Report of the Hyderabad Chloroform Commission
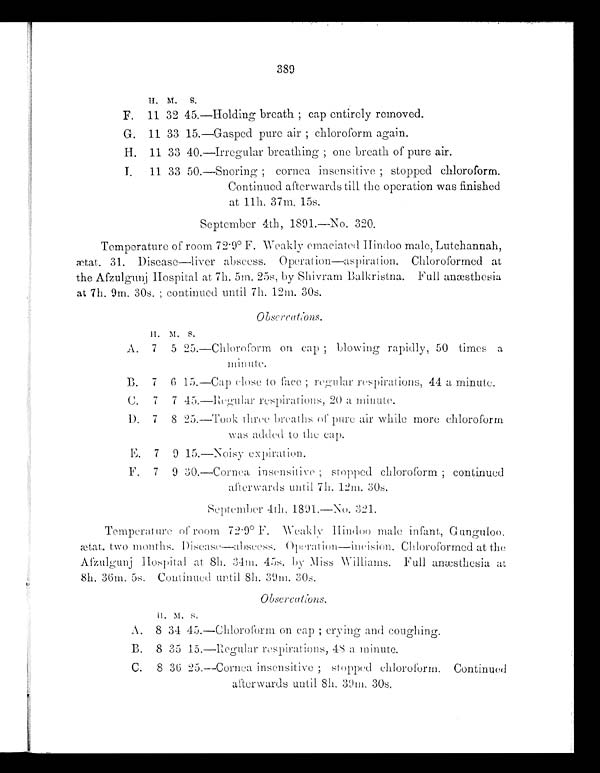
389
H. M. S.
F. 11 32 45.—Holding breath ; cap entirely removed.
G. 11 33 15.—Gasped pure air ; chloroform again.
H. 11 33 40.—Irregular breathing ; one breath of pure air.
I . 1 1 3 3 5 0 . — S n o r i n g ; c o r n e a i n s e n s i t i v e ; s t o p p e d c h l o r o f o r m .
Continued afterwards till the operation was finished
at 1111. 37m. 15s.
September 4th, 1891.—No. 320.
Temperature of room 72 .9° F. Weakly emaciated Hindoo male, Lutchannah,
ætat. 31. Disease—liver abscess. Operation—aspiration. Chloroformed at
the Afzulgunj Hospital at 7h. 5m. 25s, by Shivram Balkristna. Full anæsthesia
at 7h. 9m. 30s. ; continued until 7h. 12m. 30s.
Obserations.
H .
M . s .
A. 7 5 25.—Chloroform on cap ; blowing rapidly, 50 times a
B. 7 6 15.—Cap close to face ; regular respirations, 44 a minute.
C. 7 7 45,—Regular respirations, 20 a minute.
D. 7 8 25.—Took three breaths of pure air while more chloroform
was added to the cap.
E. 7 9 15.—Noisy expiration.
F. 7 9 30.—Cornea insensitive ; stopped chloroform ; continued
afterwards until 7h. 12m. 30s.
September 4th. 1891.—No. 321.
Temperature
of room 72.9° F. Weak 1y Hindoo male infant , Gunguloo,
ætat. two months. Disease—abscess. Operation—incision. Chloroformed at the
Afzulgunj Hospital at 8h. 34m. 45s. by Miss Williams. Full anæsthesia at
8h. 36m. 5s. Continued until 8h. 39m. 30s.
Obsercations.
H . M . S .
A. 8 34 45.—Chloroform on cap ; crying and coughing.
B. 8 35 15.—Regular respirations, 48 a minute.
C. 8 36 25.—Cornea insensitive; stopped chloroform. Continued
afterwards until 8h. 39m, 30s.